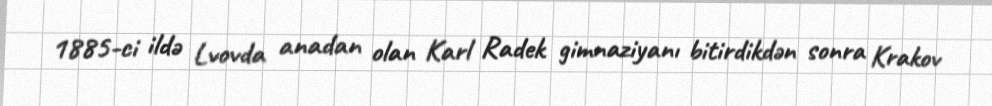
1885-ci ildə Lvovda anadan olan Karl Radek gimnaziyanı bitirdikdən sonra Krakov